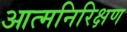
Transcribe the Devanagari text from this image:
आत्मनिरिक्षण